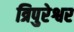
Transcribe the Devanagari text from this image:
त्रिपुरेश्वर